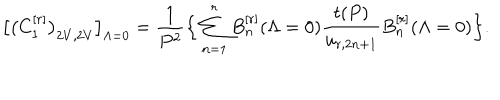
\big [ \big ( C _ { 1 } ^ { [ r ] } \big ) _ { 2 V , 2 V } \big ] _ { \Lambda = 0 } = \frac { 1 } { P ^ { 2 } } \Big \{ \sum _ { n = 1 } ^ { r } B _ { n } ^ { [ r ] } ( \Lambda = 0 ) \frac { t ( P ) } { u _ { r , 2 n + 1 } } B _ { n } ^ { [ r ] } ( \Lambda = 0 ) \Big \} .